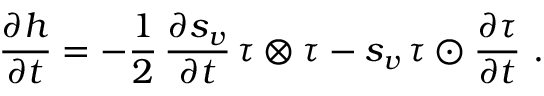
\frac { \partial h } { \partial t } = - \frac 1 2 \, \frac { \partial s _ { v } } { \partial t } \, \tau \otimes \tau - s _ { v } \, \tau \odot \frac { \partial \tau } { \partial t } \ .